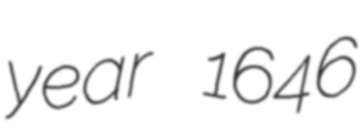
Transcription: year 1646